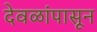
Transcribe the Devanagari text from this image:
देवळांपासून